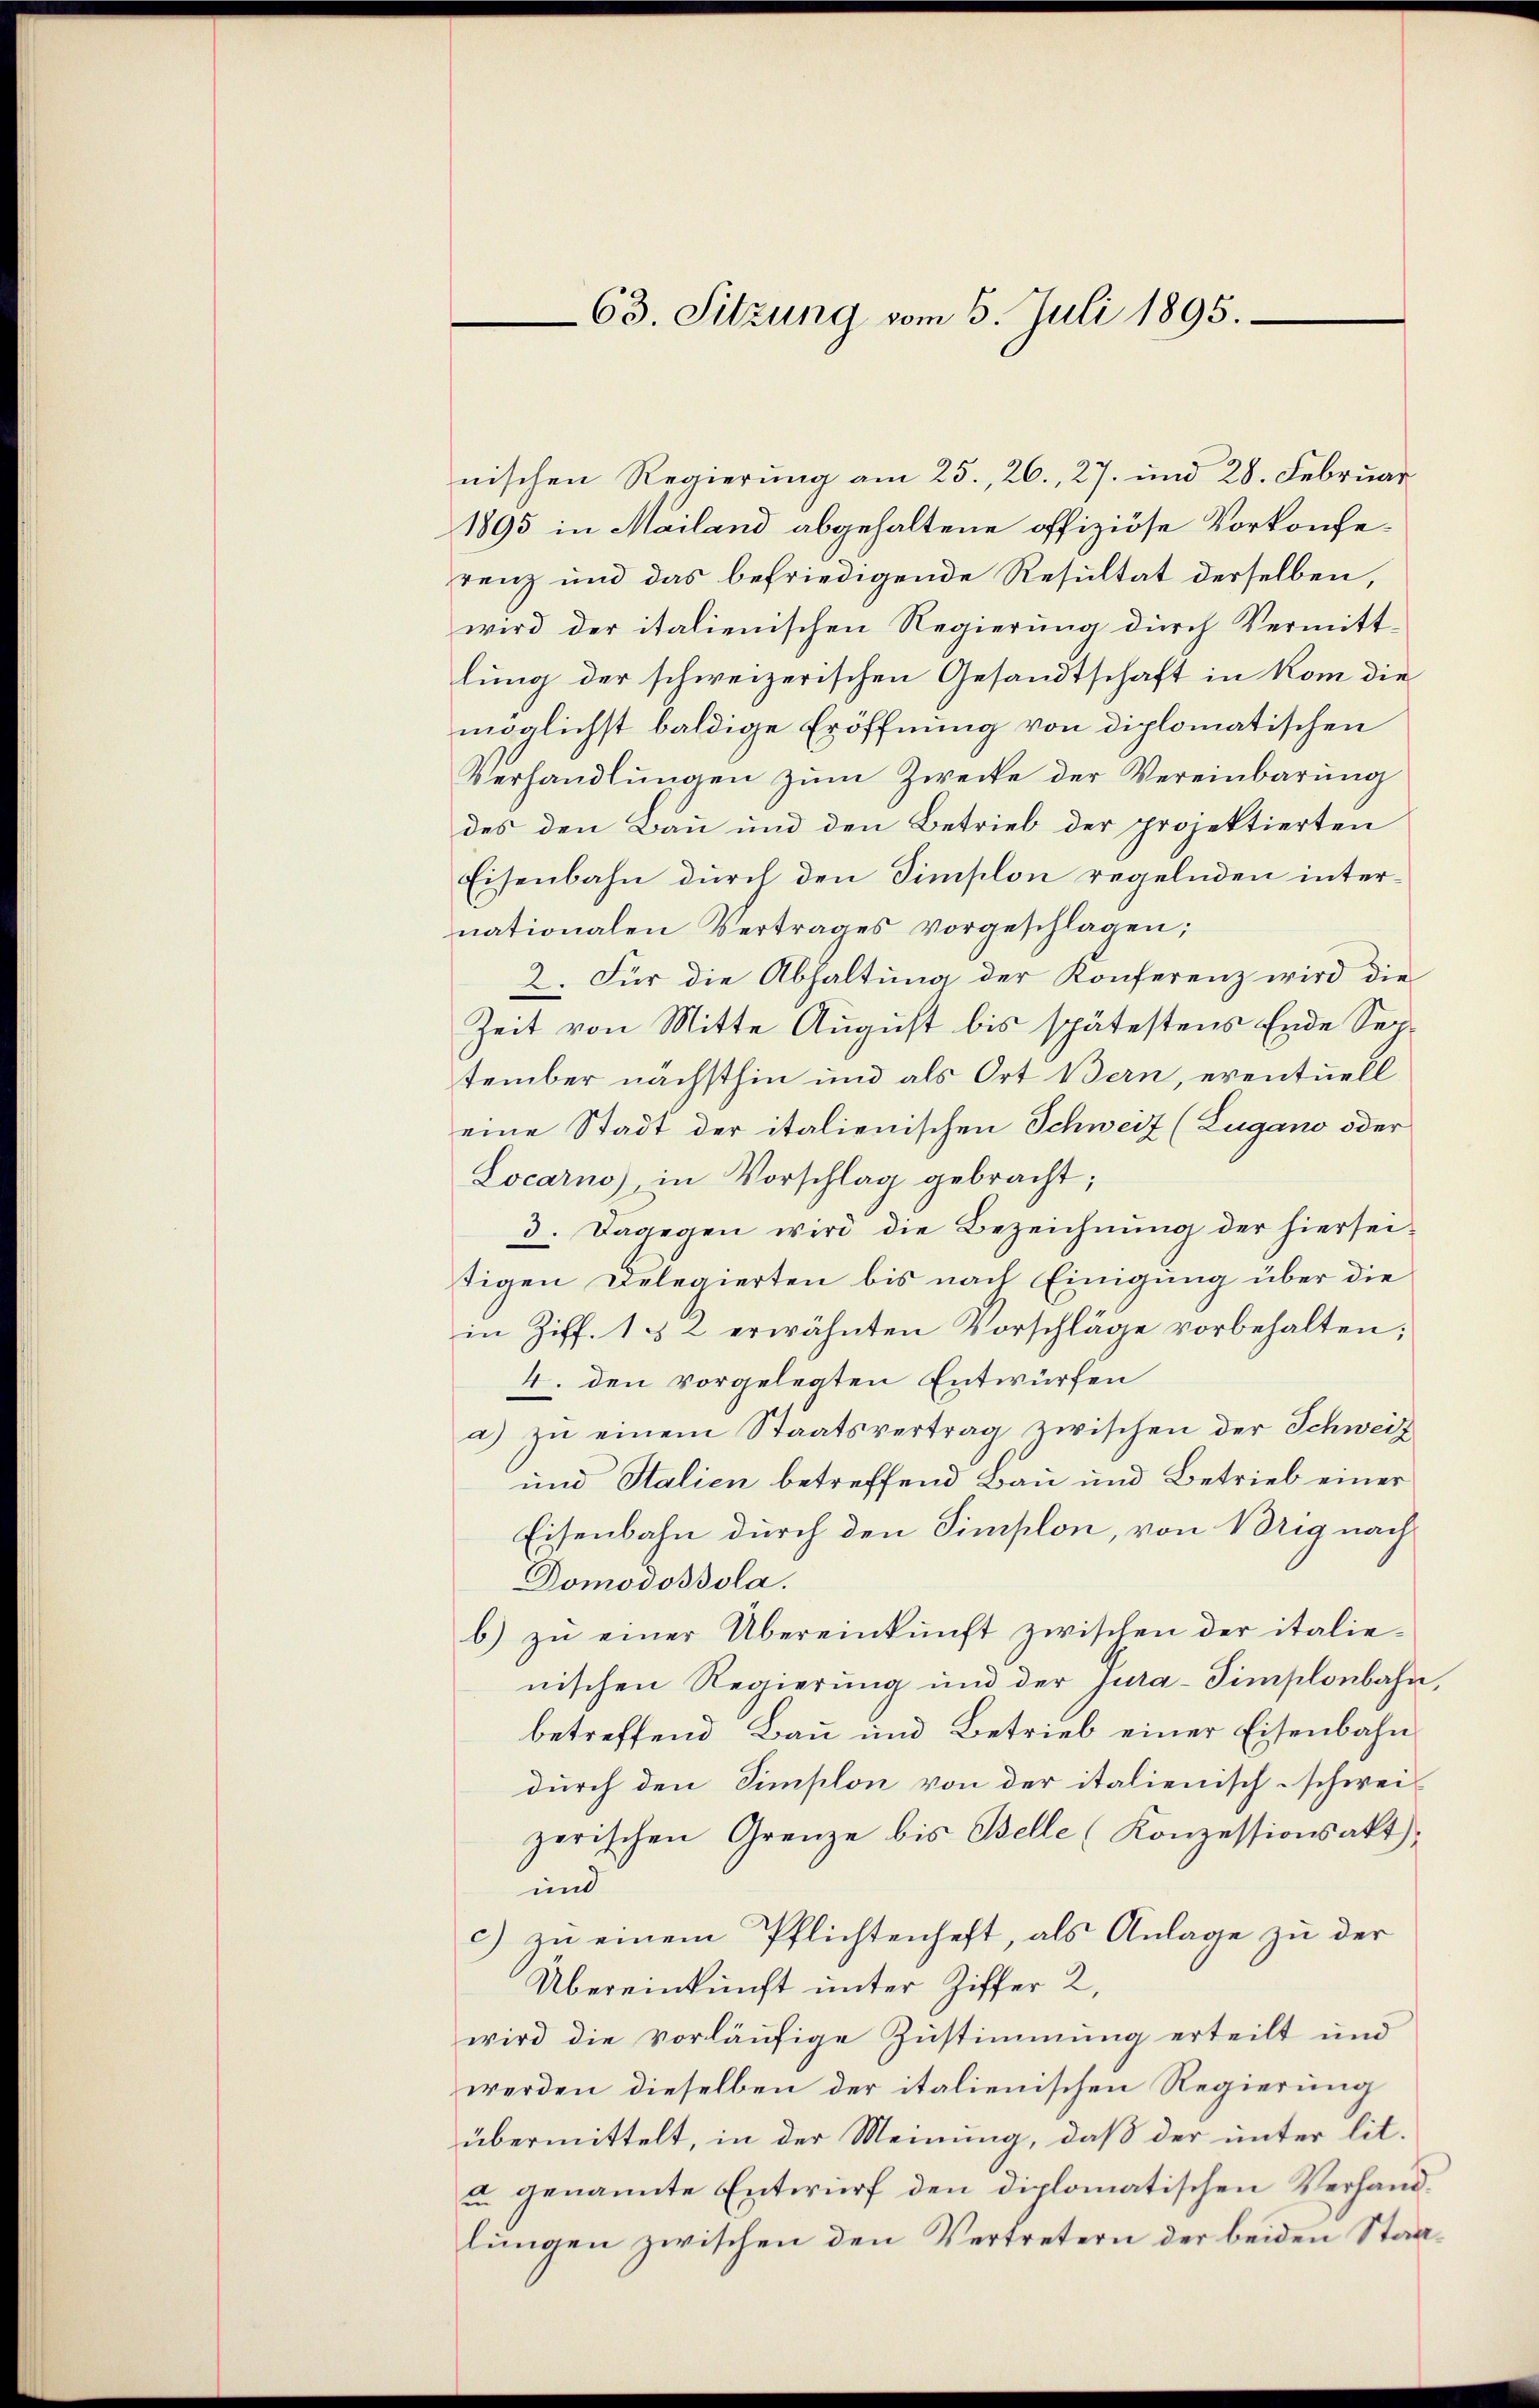
63. Sitzung vom 6. Juli 1895.

nischen Regierung am 25., 26., 27. und 28. Februar
1895 in Mailand abgehaltene offiziöse Vorkonferenz und das befriedigende Resultat derselben,
wird der italienischen Regierung durch Vermittlung der schweizerischen Gesandtschaft in kom die
möglichst baldige Eröffnung von diplomatischen
Verhandlŭngen zŭm Zwecke der Vereinbarŭng
des den Bau und den Betrieb der projektierten
Eisenbahn durch den Simsilon regelnden internationalen Vertrages vorgeschlagen;
2. Für die Abhaltung der Konferenz wird die
Zeit von Mitte August bis spätestens Ende September nächsthin und als Ort Bern, eventuell
eine Stadt der italienischen Schweiz (Lugano oder
Locarno, in Vorschlag gebracht;
3. Dagegen wird die Bezeichnŭng der hiersei-
digen Delegierten bis nach Einigung über die
in Ziff. 1 & 2 erwähnten Vorschläge vorbehalten;
4. den vorgelegten Entwürfen
a) zŭ einem Staatsvertrag zwischen der Schweiz
und Stalien betreffend Bau und Betrieb einer
Eisenbahn durch den Simplon, von Brig nach
Domodossola.
b) zŭ einer Übereinkunft zwischen der italie-
nischen Regierung und der Jura-Simplonbahn,
betreffend Bau und Betrieb einer Eisenbahn
durch den Simplon von der italienisch-schwei-
zerischen Grenze bis Belle (Konzessionsakt
und
c) zu einem Pflichtenheft, als Anlage zu der
Übereinkunft unter Ziffer 2,
wird die vorläufige Zustimmung erteilt und
werden dieselben der italienischen Regierung
übermittelt, in der Meinung, daß der unter lit.
u. genannte Entwurf den diplomatischen Verhandlungen zwischen den Vertretern der beiden Staa¬